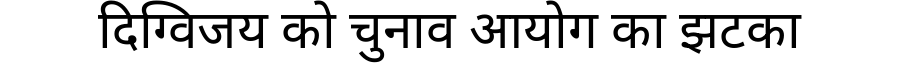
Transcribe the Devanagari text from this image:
दिग्विजय को चुनाव आयोग का झटका